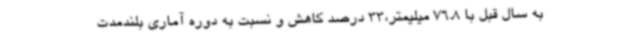
به سال قبل با 76.8 میلیمتر،33 درصد کاهش و نسبت به دوره آماری بلندمدت